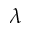
\lambda